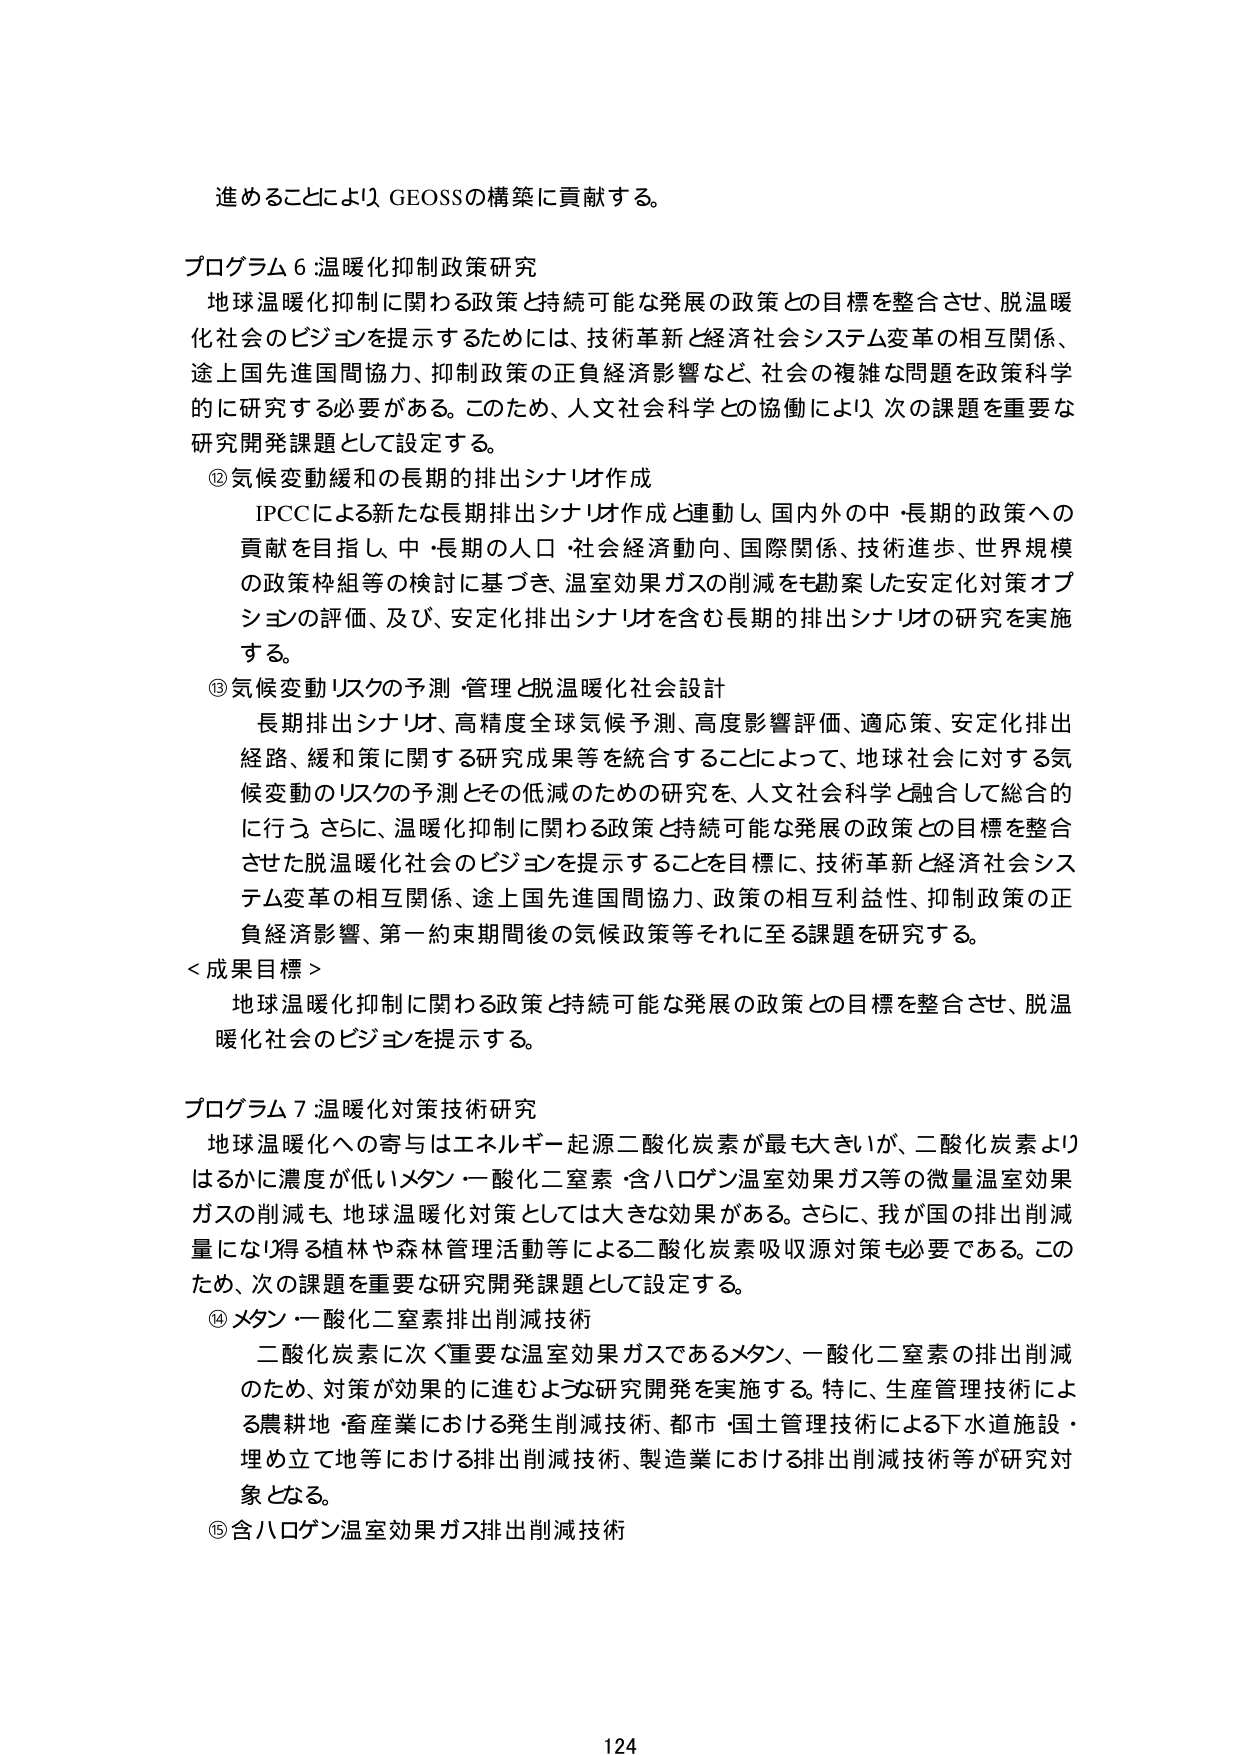
進めるることにより GEOSSの構築に貢献する。

プログラム6 温暖化抑制政策研究
地球温暖化抑制に関わる政策と持続可能な発展の政策との目標を整合させ、脱温暖化社会のビジョンを提示するためには、技術革新と経済社会システム変革の相互関係、途上国先進国間協力、抑制政策の正負経済影響など、社会の複雑な問題を政策科学的に研究する必要がある。このため、人文社会科学との協働により、次の課題を重要な研究開発課題として設定する。

⑫ 気候変動緩和の長期的排出シナリオ作成
IPCCによる新たな長期排出シナリオ作成と連動し、国内外の中・長期的政策への貢献を目指し、中・長期の人口・社会経済動向、国際関係、技術進歩、世界規模の政策枠組等の検討に基づき、温室効果ガスの削減を勘案した安定化対策オプションの評価、及び、安定化排出シナリオを含む長期的排出シナリオの研究を実施する。

⑬ 気候変動リスクの予測・管理と脱温暖化社会設計
長期排出シナリオ、高精度全球気候予測、高度影響評価、適応策、安定化排出経路、緩和策に関する研究成果等を統合することによって、地球社会に対する気候変動のリスクの予測とその低減のための研究を、人文社会科学と融合して総合的に行う。さらに、温暖化抑制に関わる政策と持続可能な発展の政策との目標を整合させた脱温暖化社会のビジョンを提示することを目標に、技術革新と経済社会システム変革の相互関係、途上国先進国間協力、政策の相互利益性、抑制政策の正負経済影響、第一約束期間後の気候政策等それらに至る課題を研究する。

＜成果目標＞
地球温暖化抑制に関わる政策と持続可能な発展の政策との目標を整合させ、脱温暖化社会のビジョンを提示する。

プログラム7 温暖化対策技術研究
地球温暖化への寄与はエネルギー起源二酸化炭素が最も大きいが、二酸化炭素よりはるかに濃度が低いメタン・一酸化二窒素・含ハロゲン温室効果ガス等の微量温室効果ガスの削減も、地球温暖化対策としては大きな効果がある。さらに、我が国の排出削減量に寄与得る植林や森林管理活動等による二酸化炭素吸収源対策も必要である。このため、次の課題を重要な研究開発課題として設定する。

⑭ メタン・一酸化二窒素排出削減技術
二酸化炭素に次ぐ重要な温室効果ガスであるメタン、一酸化二窒素の排出削減のため、対策が効果的に進むような研究開発を実施する。特に、生産管理技術による農耕地・畜産業における発生削減技術、都市・国土管理技術による下水道施設・埋め立て地等における排出削減技術、製造業における排出削減技術等が研究対象となる。

⑮ 含ハロゲン温室効果ガス排出削減技術

124